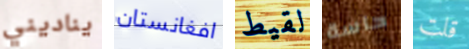
يناديني افغانستان لقيط حاسة قلت